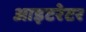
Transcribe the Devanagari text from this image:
आइटरेटर